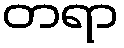
တရာ